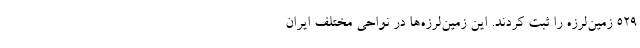
۵۲۹ زمین‌لرزه را ثبت کردند. این زمین‌لرزه‌ها در نواحی مختلف ایران